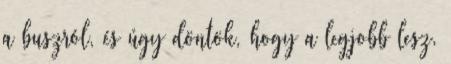
a buszról, és úgy döntök, hogy a legjobb lesz,